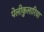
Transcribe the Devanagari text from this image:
पेलीकुलारिया